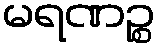
မရဏဉ္စ